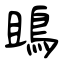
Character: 鴡